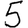
Digit: 5